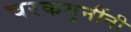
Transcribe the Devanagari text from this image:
चरकमुनींनी